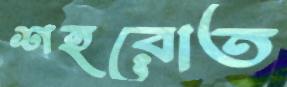
শহরোত